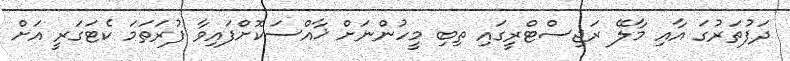
ދަފުތަރުގަ އާއި މާލޭ ރަޖިސްޓްރީގައި ތިބި މީހުންނަށް ޚާއްސަކޮށްފައިވާ ފުރަތަމަ ކެޓަގަރީ އަށް